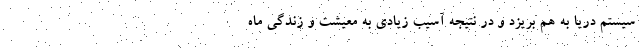
سیستم دریا به هم بریزد و در نتیجه آسیب زیادی به معیشت و زندگی ماه